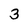
Character: 3